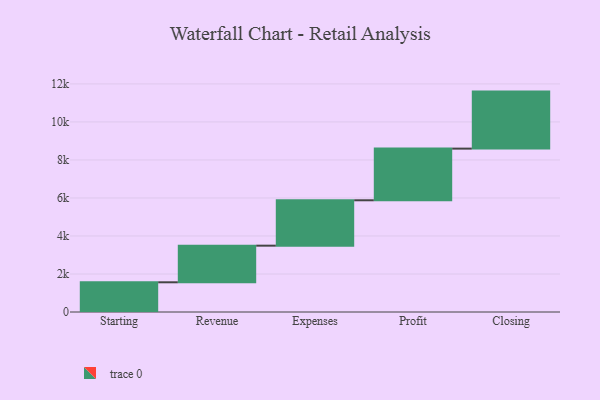
{"axis": {"x": "Step", "y": "Value"}, "legend": [""], "data": [{"x": "Starting", "y": 1563.0, "type": ""}, {"x": "Revenue", "y": 1927.0, "type": ""}, {"x": "Expenses", "y": 2388.0, "type": ""}, {"x": "Profit", "y": 2718.0, "type": ""}, {"x": "Closing", "y": 3000, "type": ""}]}